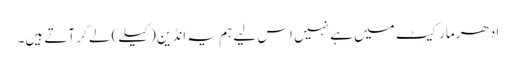
ادھر مارکیٹ میں ہے نہیں اس لیے ہم یہ انڈین (کیلے) لے کر آتے ہیں۔